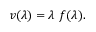
v ( \lambda ) = \lambda \ f ( \lambda ) .